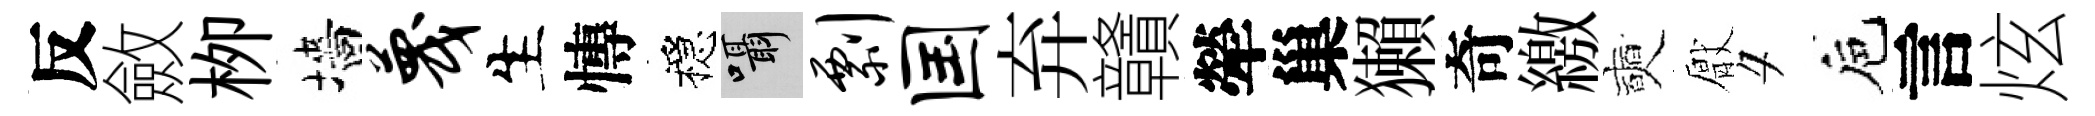
反斂栁墻蔑生慱穩囁剽国弃贛犖巢獺奇繳奭厭夕巵言炫